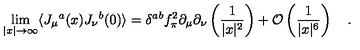
\lim _ { | x | \to \infty } \langle J _ { \mu } { } ^ { a } ( x ) J _ { \nu } { } ^ { b } ( 0 ) \rangle = \delta ^ { a b } f _ { \pi } ^ { 2 } \partial _ { \mu } \partial _ { \nu } \left( \frac { 1 } { | x | ^ { 2 } } \right) + { \cal O } \left( \frac { 1 } { | x | ^ { 6 } } \right) \quad .